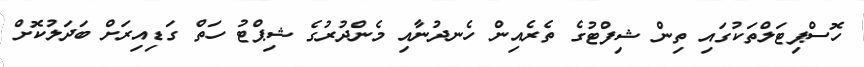
ހޮސްޕިޓަލްތަކުގައި ތިން ޝިފްޓުގެ ތެރެއިން ހެނދުނާއި މެންދުރުގެ ޝިޕްޓު ހަތް ގަޑިއިރަށް ބަދަލުކޮށް